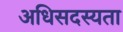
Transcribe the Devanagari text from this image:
अधिसदस्यता